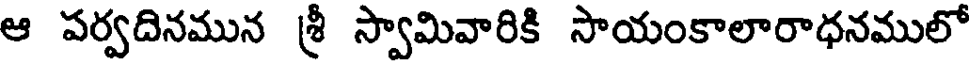
ఆ పర్వదినమున శ్రీ స్వామివారికి సాయంకాలారాధనములో